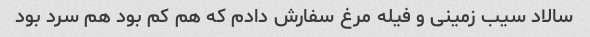
سالاد سیب زمینى و فیله مرغ سفارش دادم که هم کم بود هم سرد بود